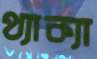
থ্যাক্যা